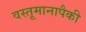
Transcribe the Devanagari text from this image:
वस्तूमानापैकी